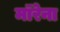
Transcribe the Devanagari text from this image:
मॉरेना